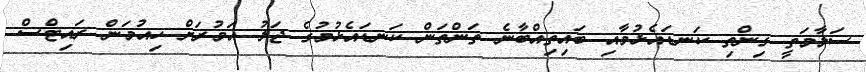
ސަލާމަތީ ގިންތި ކަނޑައެޅުމާއި ބައިތިއްބާނެ ތަންތަން ކަނޑައެޅުމުގެ ޖަލު އަމުރަށް ހިއުމަން ރައިޓްސް